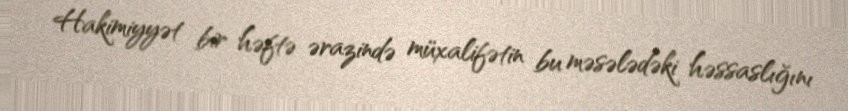
Hakimiyyət bir həftə ərazində müxalifətin bu məsələdəki həssaslığını